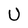
Character: U